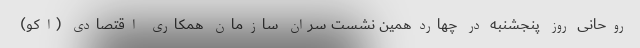
روحانی روز پنجشنبه در چهاردهمین نشست سران سازمان همکاری اقتصادی (اکو)